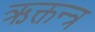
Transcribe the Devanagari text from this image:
ऋक्तन्त्र